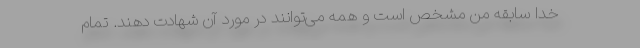
خدا سابقه من مشخص است و همه می‌توانند در مورد آن شهادت دهند. تمام